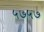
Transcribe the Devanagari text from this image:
५७५७